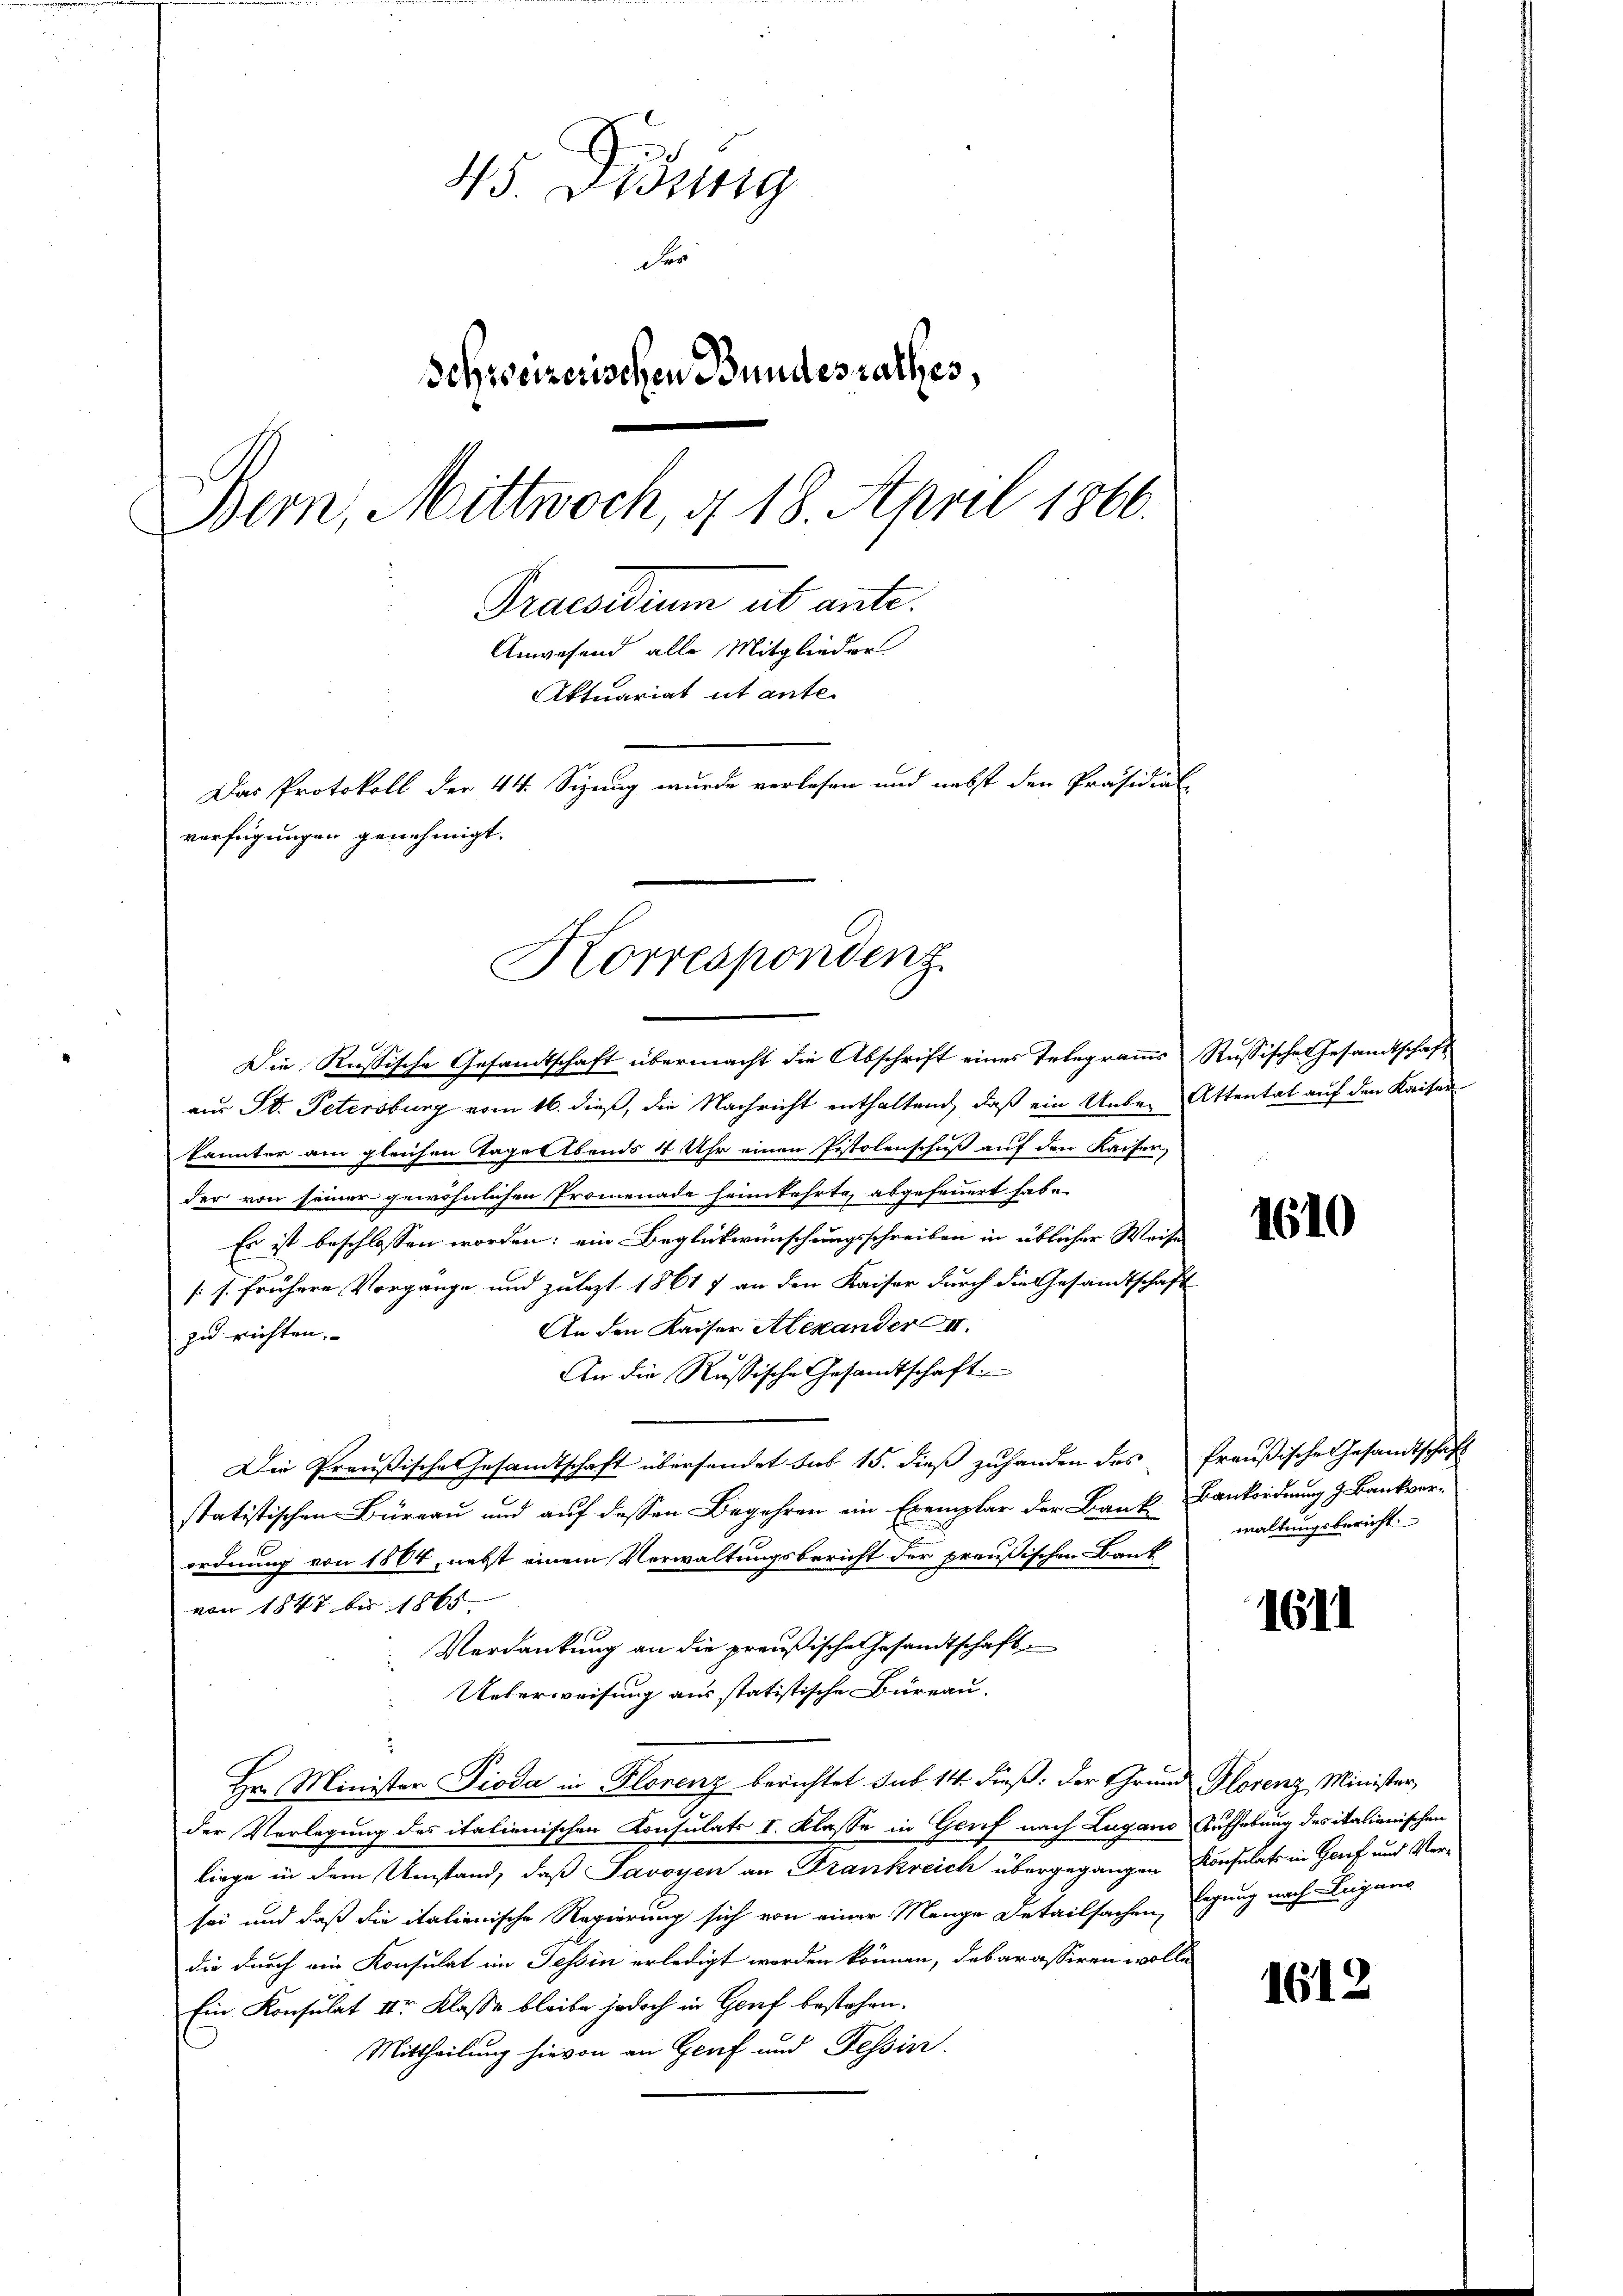
45. Didung
Fer
Schweizerischen Bundesrathes,
Bern, Mittwoch, 4. 18. April 1866.
Praesidium ab ante.
Anwesend alle Mitglieder
Aktuariat ut ante-
Das Protokoll der 44. Sizung wurde verlesen und nebst den Präsidial-
verfügungen genehmigt.

Korrespondenz

2
Die Russische Gesandtschaft übermacht die Abschrift eines Telegramms Russische Gesandtschaft
aus St. Petersburg vom 16. dieß, die Nachricht enthaltend, daß ein Unter Attentat auf den Kaisen
Pannter am gleichen Tage Abends 4 Uhr einen Pistolenschuß auf den Kaiser,
der von seiner gewöhnlichen Promenade heimkehrte, abgefeuert habe.
Es ist beschlossen worden; ein Beglückwünschungsschreiben in üblicher Weise
/s frühere Vorgange und zulezt 1861 7 an den Kaiser durch die Gesandtschaft
An den Kaiser Alexander II.
zu richten.
An die Russische Gesandtschaft.
Die Preußische Gesandtschaft übersendet sub 15. dieß zuhanden des Preußische Gesandtschaft
statistischen Büreau und auf dessen Begehren ein Exemplar der Bank
ordnung von 1864, nebst einem Vorwaltungsbericht der preußischen Bank
von 1847 bis 1865.
Verdankung an die preußische Gesandtschaft
Ueberweisung aus statistische Büreau.
Hr. Minister Pioda in Florenz berichtet sub 14. dieß: der Grund Florenz Minister,
der Verlegung des italienischen Konsulats I. Klasse in Genf nach Lugano Aufhebung des italienischen
liege in dem Umstand, daß Savoyen an Frankreich übergegangen Konsulat in Genf und Versei und daß die italienische Regierung sich von einer Mange Detailsachen, Egung nach Lugang
die durch ein Konsulat im Tessin erledigt worden können, debarassiren wolle
Ein Konsulat II Klasse bleibe jedoch in Genf bestehen.
Mittheilung hievon an Graf und Tessin.

1610

Bankordnung 9 Bankverwaltungsbericht

1611

1612